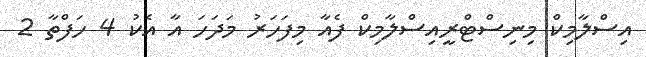
އިސްލާމިކް މިނިސްޓްރީއިސްލާމިކް ފެއާ މިފަހަރު މަދަހަ އާ އެކު 4 ހަފްތާ 2